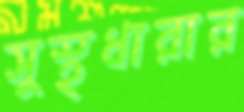
সুস্থধারার